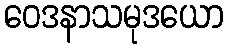
ဝေဒနာသမုဒယော